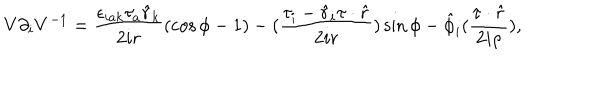
V \partial _ { i } V ^ { - 1 } = \frac { \epsilon _ { i a k } \tau _ { a } \hat { r } _ { k } } { 2 i r } ( \cos \phi - 1 ) - ( \frac { \tau _ { i } - \hat { r } _ { i } \tau \cdot \hat { r } } { 2 i r } ) \sin \phi - \hat { \phi } _ { i } ( \frac { \tau \cdot \hat { r } } { 2 i \rho } ) ,